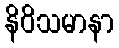
နိဝိသမာနာ